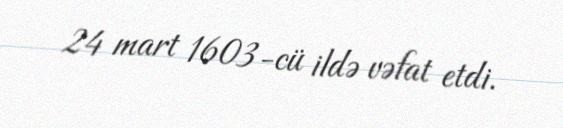
24 mart 1603-cü ildə vəfat etdi.